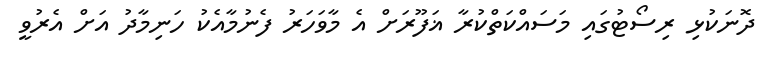
ދޮނަކުޅި ރިސޯޓުގައި މަސައްކަތްކުރާ ޣަފޫރަށް އެ މާވަހަރު ފެނުމާއެކު ހަނިމާދު އަށް އެރުވީ